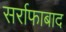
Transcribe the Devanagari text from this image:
सर्राफाबाद